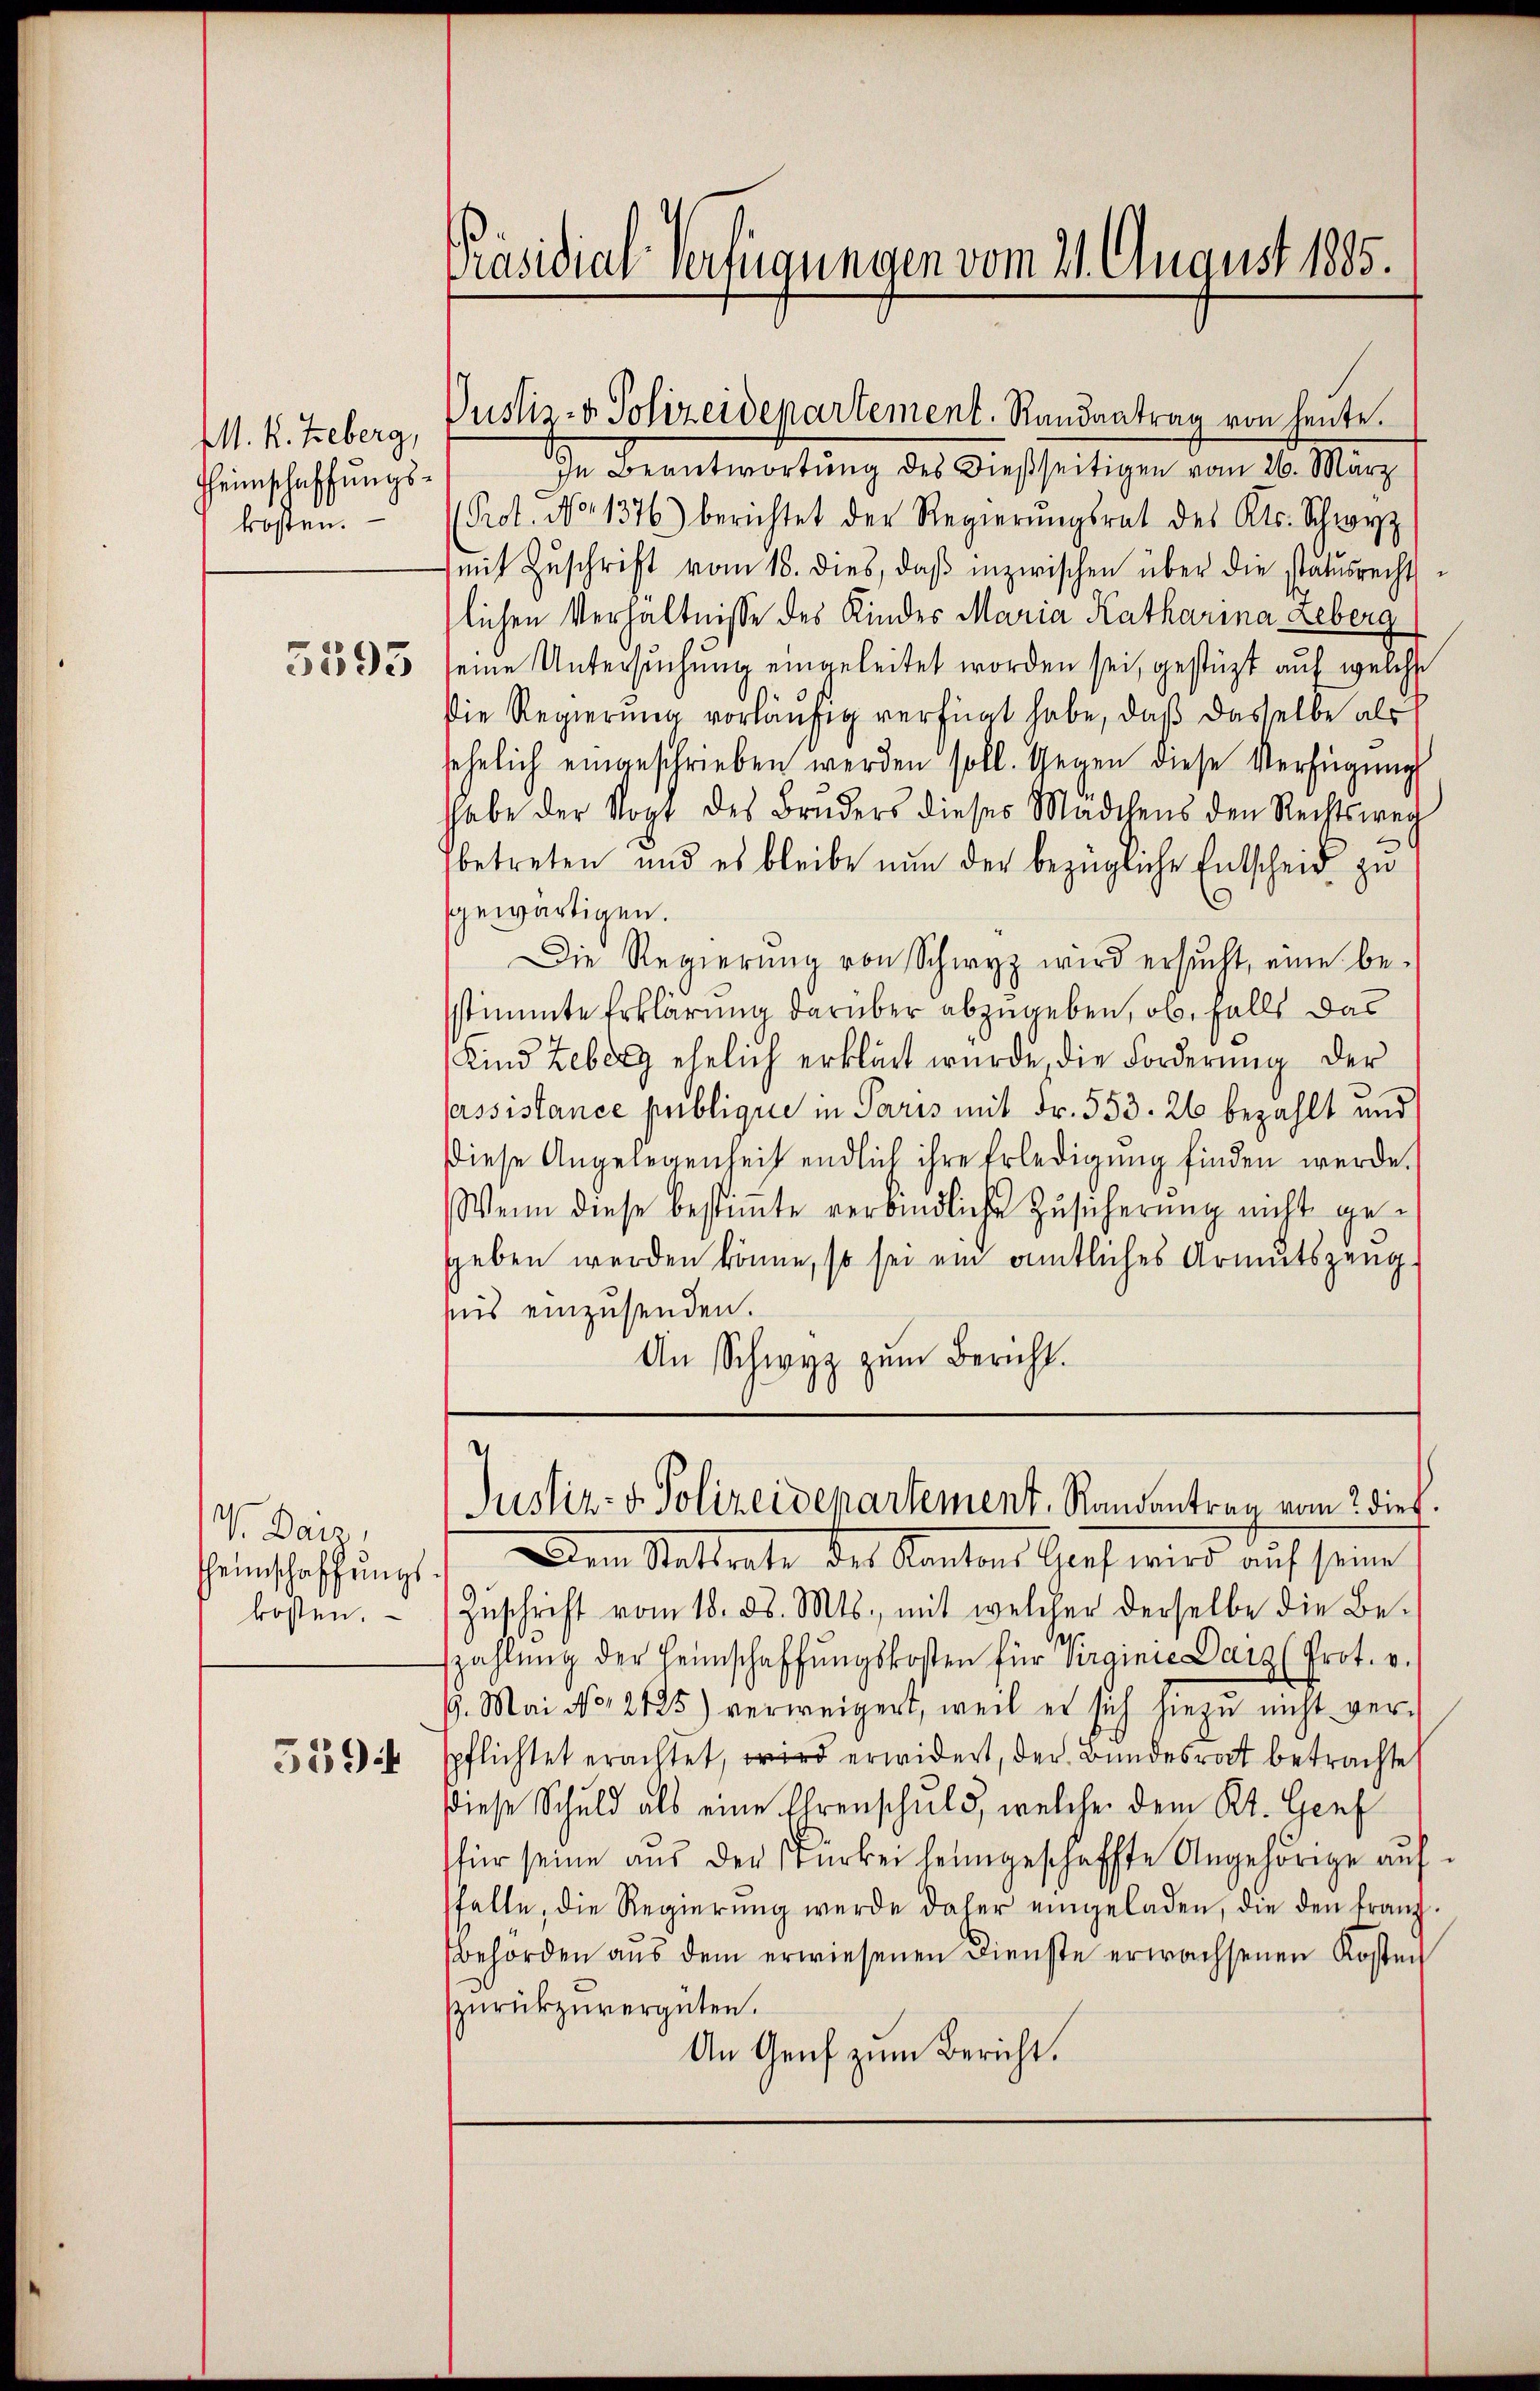
M. R. Treberg,
Heimschaffungskosten.

5593

V. Bern,
heimschaffŭngs-
kosten.

5594

Präsidiat verfügungen vom 21. August 1885.

Justiz- & Polizeidepartement. Randantrag von heute.

In Beantwortung des dießseitigen vom 26. März
(Prot. No. 1376) berichtet der Regierŭngsrat des Kts. Schwyz
mit Zŭschrift vom 18. dies, daβ inzwischen über die statŭsrechts-
lichen Verhältnisse des Kindes Maria Katharina Leberg
seine Untersuchung eingeleitet worden sei, gestüzt auf welche
Die Regierung vorläufig verfügt habe, daß dasselbe als
sehnlich eingeschrieben werden soll. Gegen diese Verfügung
hhabe der Vogt des Bruders dieses Mädchens den Rechtsweg
betreten und es bleibe nun der bezügliche Entscheid zu
gewärtigen.
Die Regierŭng von Schwyz wird ersŭcht, eine be-
stimmte Erklärung darüber abzugeben, ob, falls das
Kind Leber ehelich erklärt würde, die Forderŭng der
Passistance publique in Paris mit Fr. 553. 26 bezahlt und
diese Angelegenheit endlich ihre Erledigŭng finden werde.
Wenn diese bestiṁte verbindliche Zŭsicherŭng nicht gegeben werden könne, so sei ein amtliches Armutszeug
sis einzusenden.
An Schwyz zum Bericht.

Dem Statthate des Kantons Graf wird auf seine
Zŭschrift vom 18. d. Mts., mit welcher derselbe die Be-
szahlŭng der Heimschaffŭngskosten für Virginie Darz (Prot. v.
9. Mai No 2125) verweigert, weil es sich hiezŭ nicht ver-
spflichtet erachtet, wird erwidert, der Bundesrat betrachte
diese Schuld als eine Ehrenschuld, welche dem Kt. Genf
für seine aus der Türkei heimgeschaffte Angehörige auffalle, die Regierŭng werde daher eingeladen, die den franz-
Behörden aŭs dem erwiesenen Dienste erwachsenen Kosten
Zurückzuvergüten.
An Genf zum Bericht.

Justiz- & Polizeidepartement, Randantrag vom 2 dies